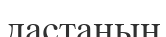
дастаның